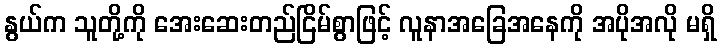
နွယ်က သူတို့ကို အေးဆေးတည်ငြိမ်စွာဖြင့် လူနာအခြေအနေကို အပိုအလို မရှိ